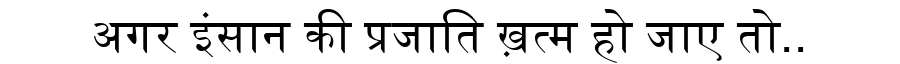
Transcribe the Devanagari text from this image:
अगर इंसान की प्रजाति ख़त्म हो जाए तो..